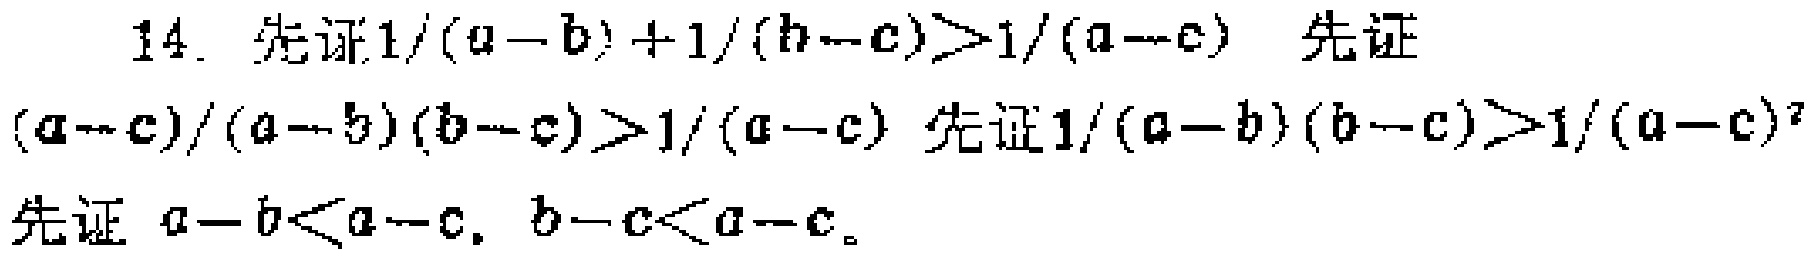
14. 先证\(1/(a - b)+1/(b - c)>1/(a - c)\) 先证\((a - c)/(a - b)(b - c)>1/(a - c)\) 先证\(1/(a - b)(b - c)>1/(a - c)^2\) 先证 \(a - b<a - c\), \(b - c<a - c\)。